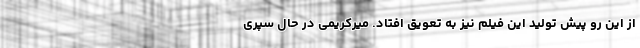
از این رو پیش تولید این فیلم نیز به تعویق افتاد. میرکریمی در حال سپری